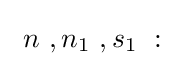
\ n\ ,n_{1}\ ,s_{1}\ :